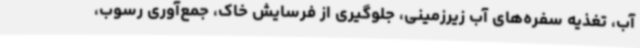
آب، تغذیه سفره‌های آب زیرزمینی، جلوگیری از فرسایش خاک، جمع‌آوری رسوب،